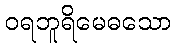
ဝရဘူရိမေဓသော